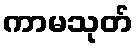
ကာမသုတ်